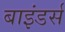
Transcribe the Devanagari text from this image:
बाइंडर्स